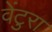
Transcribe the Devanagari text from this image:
वेंटुरा